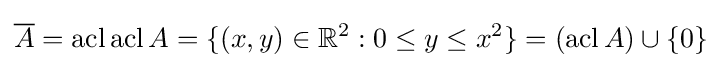
{\overline {A}}=\operatorname {acl} \operatorname {acl} A=\{(x,y)\in \mathbb {R} ^{2}:0\leq y\leq x^{2}\}=(\operatorname {acl} A)\cup \{0\}